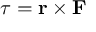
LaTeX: { \boldsymbol { \tau } } = \mathbf { r } \times \mathbf { F }